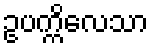
ဥပက္ကိလေသာ